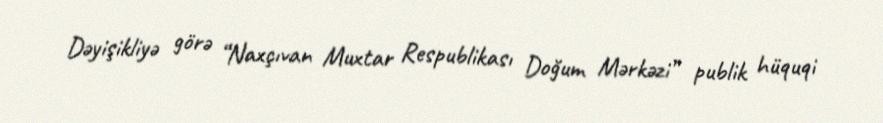
Dəyişikliyə görə “Naxçıvan Muxtar Respublikası Doğum Mərkəzi” publik hüquqi